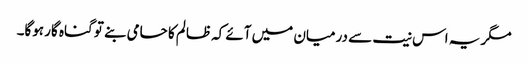
مگر یہ اس نیت سے درمیان میں آئے کہ ظالم کا حامی بنے تو گناہ گار ہوگا۔